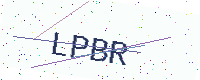
Text: LPBR